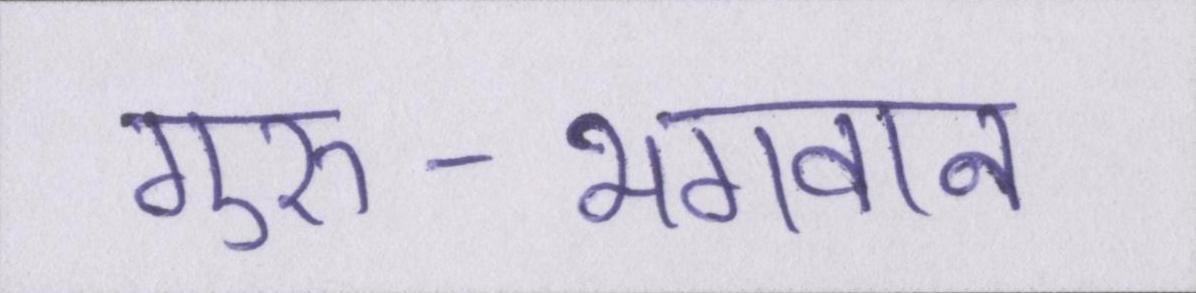
गुरु-भगवान